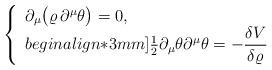
LaTeX: \begin{align*}\left\{\begin{array}{c}\partial_{\mu}\big(\varrho\,\partial^{\mu}\theta\big)=0,\hfill\\begin{align*}3mm]\frac{1}{2}\partial_{\mu}\theta\partial^{\mu}\theta=-\displaystyle\frac{\delta V}{\delta\varrho}\end{array}\right.\end{align*}